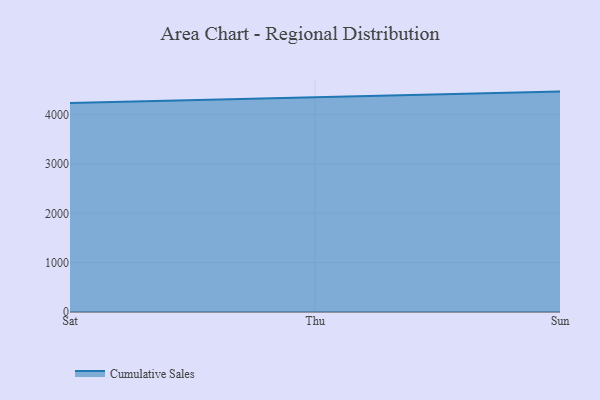
{"axis": {"x": "Day", "y": "Temperature (°C)"}, "legend": ["Cumulative Sales"], "data": [{"x": "Sat", "y": 4236.7, "type": "Cumulative Sales"}, {"x": "Thu", "y": 4352.3, "type": "Cumulative Sales"}, {"x": "Sun", "y": 4466.7, "type": "Cumulative Sales"}]}